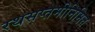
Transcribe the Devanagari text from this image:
रथसप्तमीनिमित्त